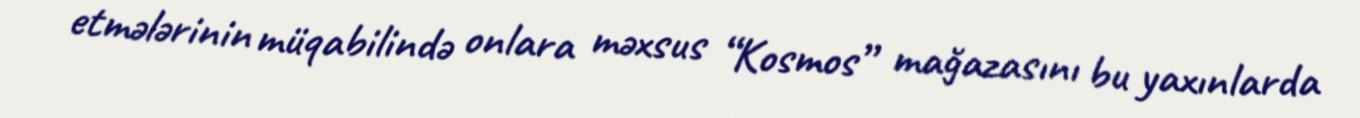
etmələrinin müqabilində onlara məxsus “Kosmos” mağazasını bu yaxınlarda